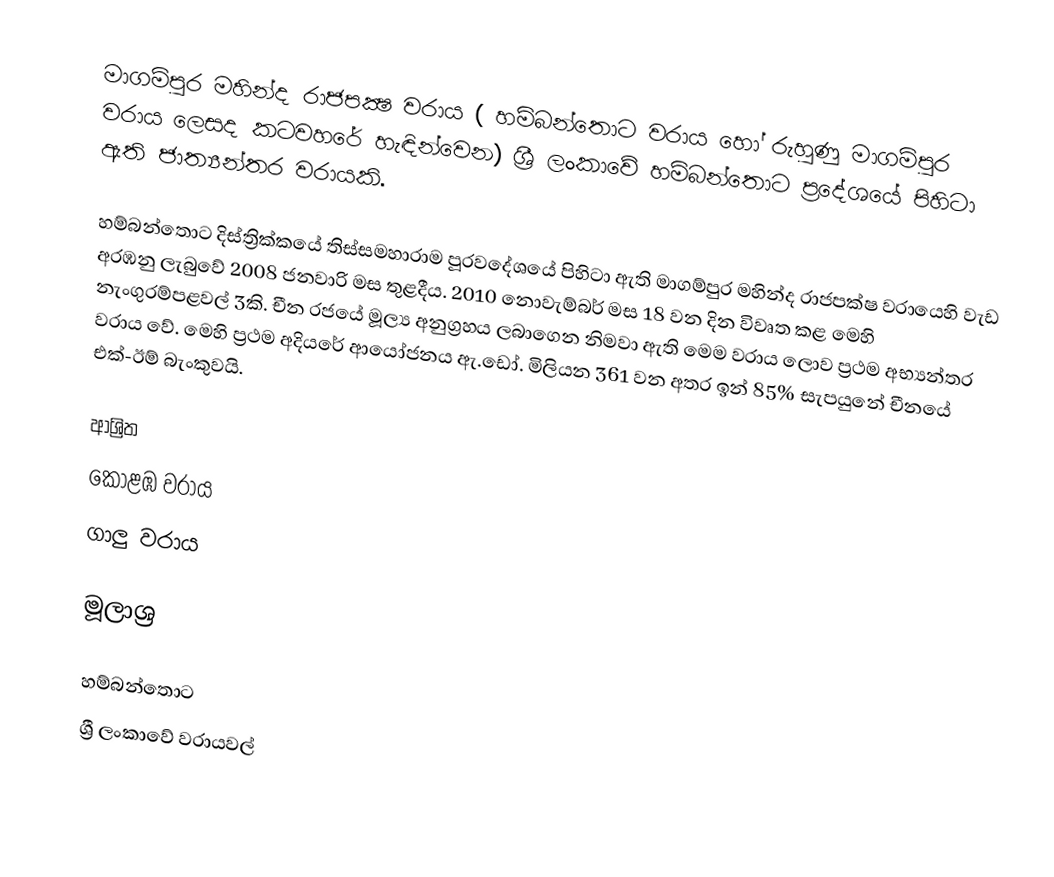
මාගම්පුර මහින්ද රාජපක්‍ෂ වරාය ( හම්බන්තොට වරාය හෝ රුහුණු මාගම්පුර වරාය ලෙසද කටවහරේ හැඳින්වෙන)  ශ්‍රී ලංකාවේ හම්බන්තොට ප්‍රදේශයේ පිහිටා ඇති ජාත්‍යන්තර වරායකි.

හම්බන්තොට දිස්ත්‍රික්කයේ තිස්සමහාරාම පූරවදේශයේ පිහිටා ඇති මාගම්පුර මහින්ද රාජපක්ෂ වරායෙහි වැඩ අරඹනු ලැබුවේ 2008 ජනවාරි මස තුළදීය. 2010 නොවැම්බර් මස 18 වන දින විවෘත කළ මෙහි නැංගුරම්පළවල් 3කි. චීන රජයේ මූල්‍ය අනුග්‍රහය ලබාගෙන නිමවා ඇති මෙම වරාය ලොව ප්‍රථම අභ්‍යන්තර වරාය වේ. මෙහි ප්‍රථම අදියරේ ආයෝජනය ඇ.ඩෝ. මිලියන 361 වන අතර ඉන් 85% සැපයුනේ චීනයේ එක්-ඊම් බැංකුවයි.

ආශ්‍රිත
 කොළඹ වරාය
 ගාලු වරාය

මූලාශ්‍ර

හම්බන්තොට
ශ්‍රී ලංකාවේ වරායවල්